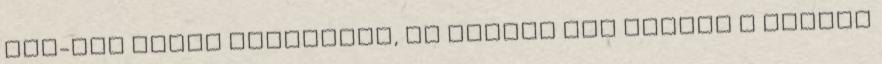
egy-két plusz gyakorlat, az elmúlt két napban a híddal